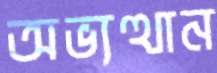
অভ্যত্থান